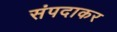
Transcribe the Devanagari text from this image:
संपदाकर